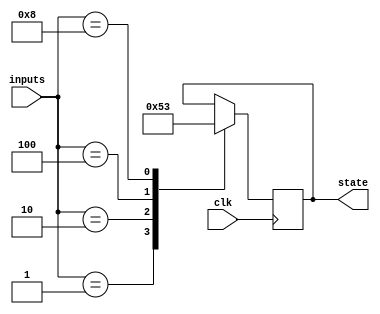
module state_machine(
  input [3:0] inputs, // 4 input signals
  input clk, // clock signal
  output reg [2:0] state // 3-bit state output
);
  
  // Priority encoding logic
  always @(posedge clk) begin
    case(inputs)
      4'b0001: state <= 3'b000; // Highest priority input
      4'b0010: state <= 3'b001;
      4'b0100: state <= 3'b010;
      4'b1000: state <= 3'b011;
      default: state <= state; // Default state remains the same
    endcase
  end
  
endmodule